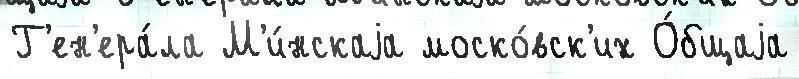
Г'ен'ера́ла М'и́нскаjа моско́вск'их О́бщаjа